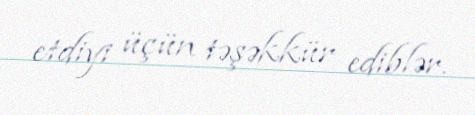
etdiyi üçün təşəkkür ediblər.